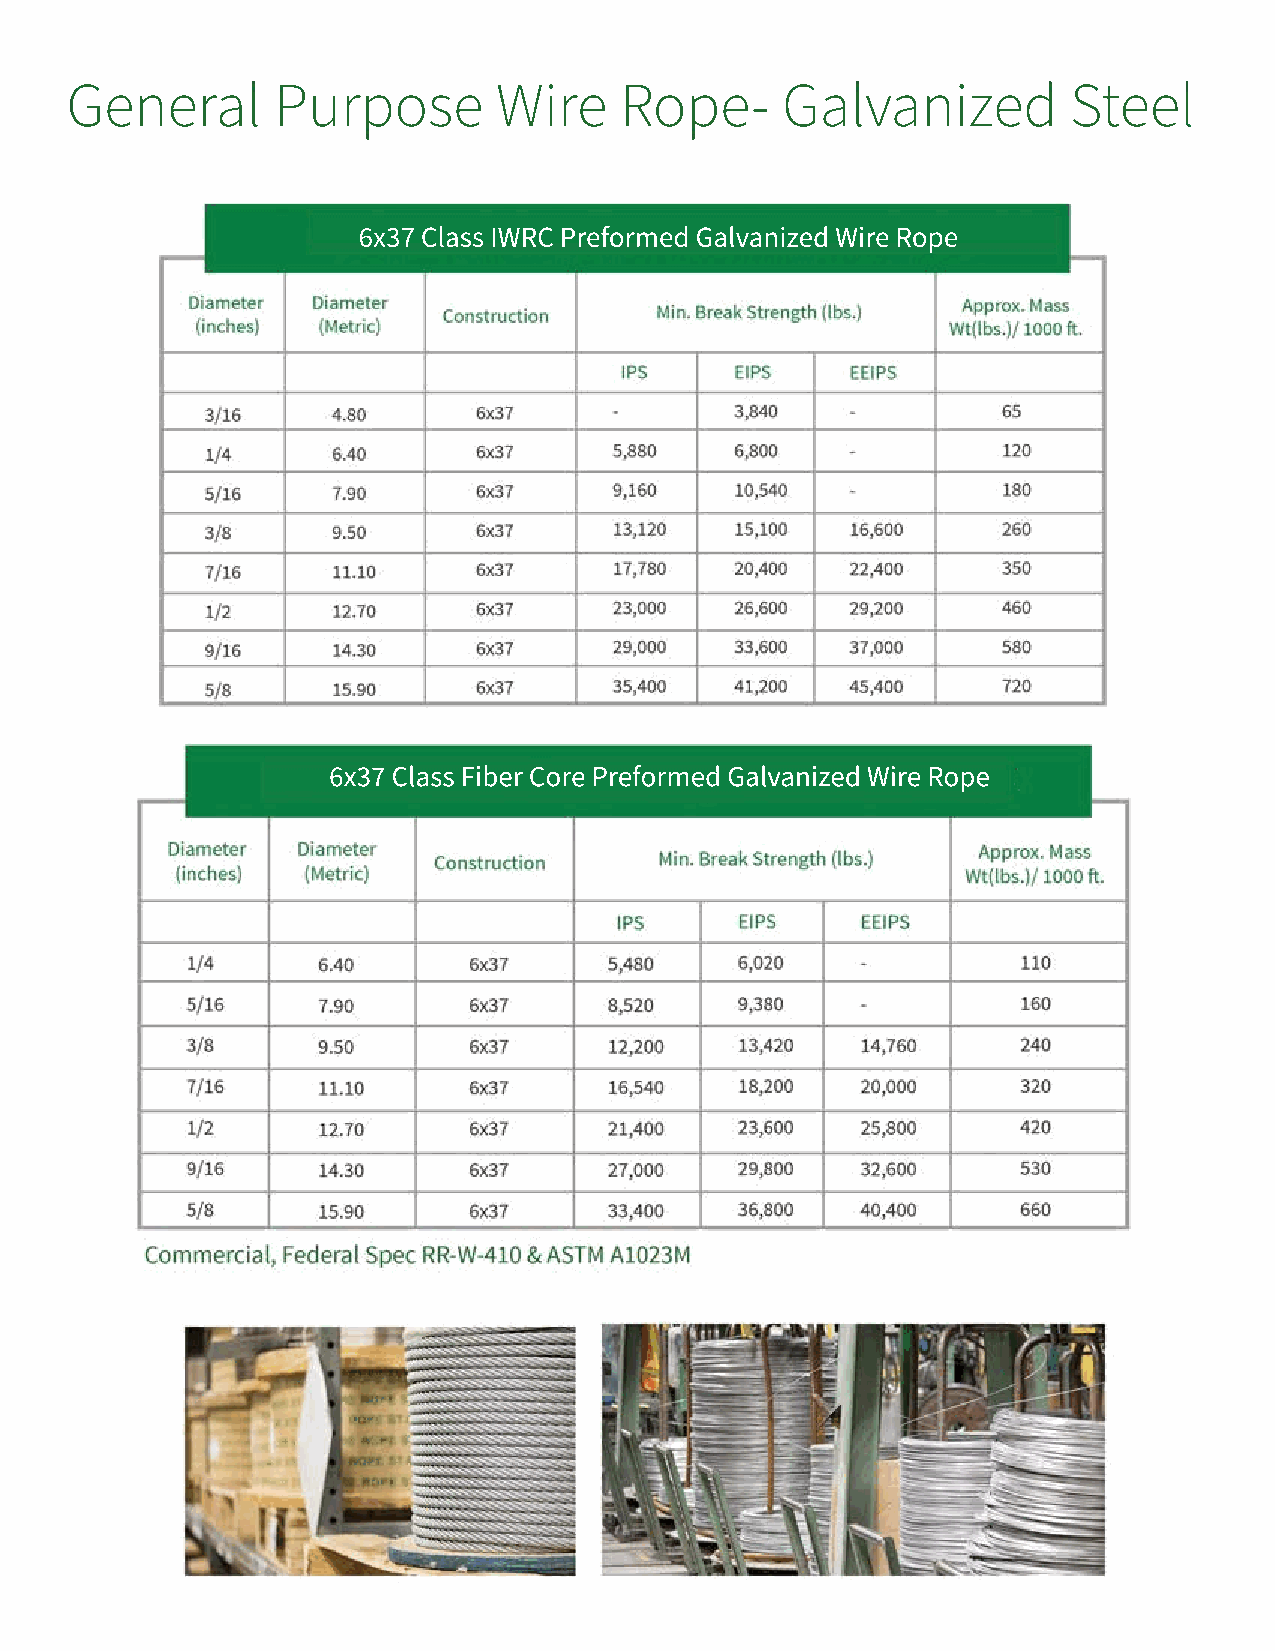
General       Purpose        Wire    Rope-      Galvanized         Steel
 6x37 Class IWRC Preformed Galvanized Wire Rope
 6x37 Class Fiber Core Preformed Galvanized Wire Rope